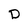
Character: D